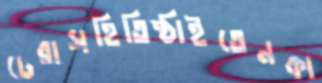
ঢেরাসহিতিষ্ঠাইতেনকা